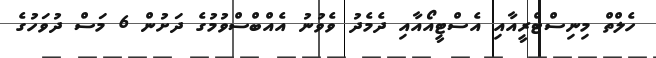
ހެލްތް މިނިސްޓްރީއާއި އެސްޓީއޯއާއި ދެމެދު ވެވުނު އެއްބްސްވުމުގެ ދަށުން 6 މަސް ދުވަހުގެ